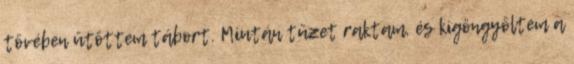
tövében ütöttem tábort. Miután tüzet raktam, és kigöngyöltem a